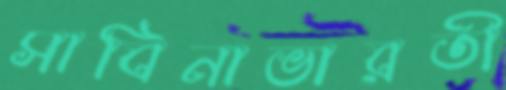
সাবিনাভারতী